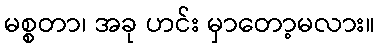
မစ္စတာ၊ အခု ဟင်း မှာတော့မလား။